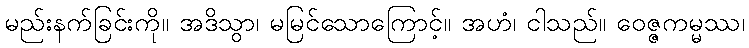
မည်းနက်ခြင်းကို။ အဒိသွာ၊ မမြင်သောကြောင့်။ အဟံ၊ ငါသည်။ ဝေဇ္ဇကမ္မဿ၊